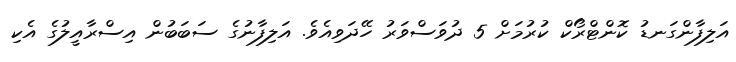
އަލިފާންގަނޑު ކޮންޓްރޯކް ކުރުމަށް 5 ދުވަސްވަރު ހޭދަވިއެވެ. އަލިފާނުގެ ސަބަބުން އިސްރާއީލުގެ އެކި